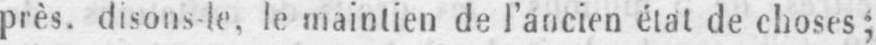
près, disons le, le maintien de l’ancien étal de choses;